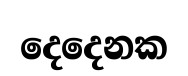
දෙදෙනක